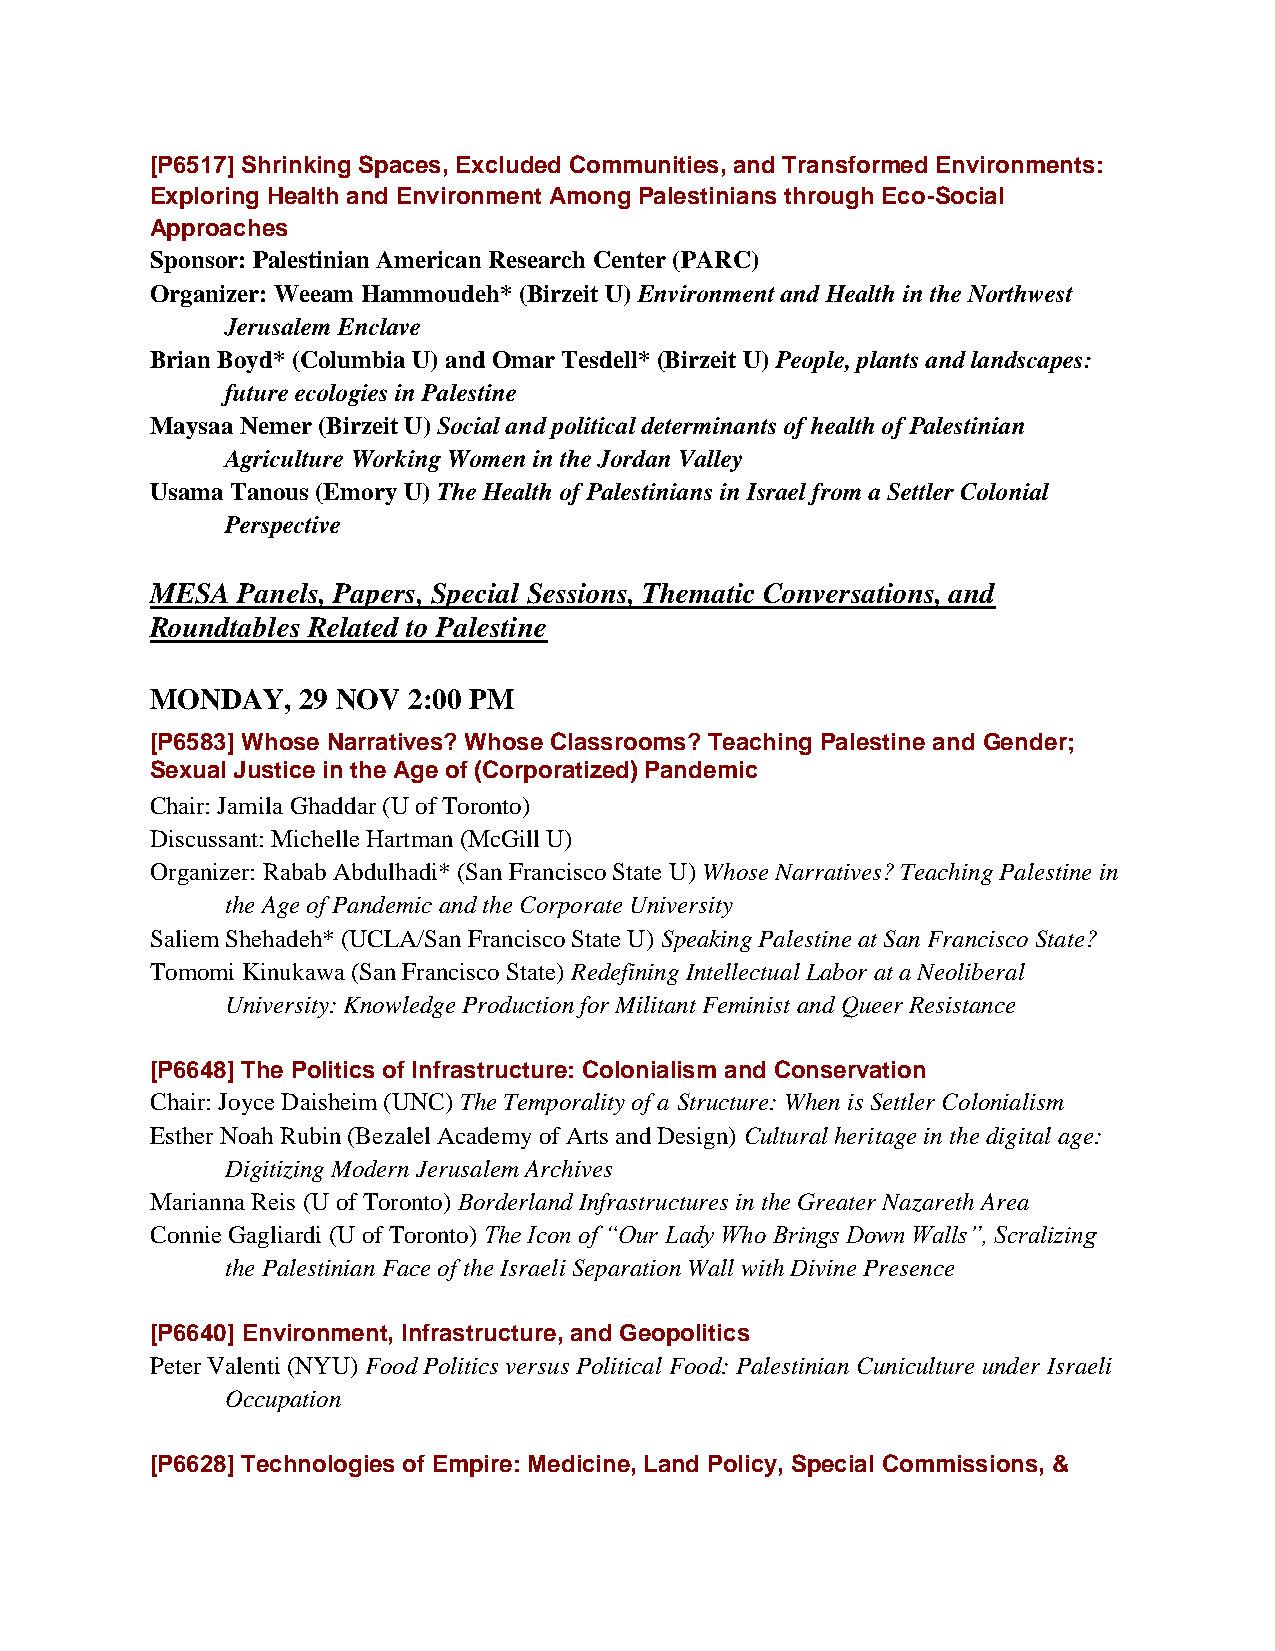
[P6517] Shrinking Spaces, Excluded Communities, and Transformed Environments:
 Exploring Health and Environment Among Palestinians through Eco-Social
 Approaches
 Sponsor: Palestinian American Research Center (PARC)
 Organizer: Weeam Hammoudeh* (Birzeit U) Environment and Health in the Northwest
 Jerusalem Enclave
 Brian Boyd* (Columbia U) and Omar Tesdell* (Birzeit U) People, plants and landscapes:
 future ecologies in Palestine
 Maysaa Nemer (Birzeit U) Social and political determinants of health of Palestinian
 Agriculture Working Women in the Jordan Valley
 Usama Tanous (Emory U) The Health of Palestinians in Israel from a Settler Colonial
 Perspective
 MESA  Panels, Papers, Special Sessions, Thematic Conversations, and
 Roundtables Related to Palestine
 MONDAY,   29 NOV 2:00 PM
 [P6583] Whose Narratives? Whose Classrooms? Teaching Palestine and Gender;
 Sexual Justice in the Age of (Corporatized) Pandemic
 Chair: Jamila Ghaddar (U of Toronto)
 Discussant: Michelle Hartman (McGill U)
 Organizer: Rabab Abdulhadi* (San Francisco State U) Whose Narratives? Teaching Palestine in
 the Age of Pandemic and the Corporate University
 Saliem Shehadeh* (UCLA/San Francisco State U) Speaking Palestine at San Francisco State?
 Tomomi Kinukawa (San Francisco State) Redefining Intellectual Labor at a Neoliberal
 University: Knowledge Production for Militant Feminist and Queer Resistance
 [P6648] The Politics of Infrastructure: Colonialism and Conservation
 Chair: Joyce Daisheim (UNC) The Temporality of a Structure: When is Settler Colonialism
 Esther Noah Rubin (Bezalel Academy of Arts and Design) Cultural heritage in the digital age:
 Digitizing Modern Jerusalem Archives
 Marianna Reis (U of Toronto) Borderland Infrastructures in the Greater Nazareth Area
 Connie Gagliardi (U of Toronto) The Icon of “Our Lady Who Brings Down Walls”, Scralizing
 the Palestinian Face of the Israeli Separation Wall with Divine Presence
 [P6640] Environment, Infrastructure, and Geopolitics
 Peter Valenti (NYU) Food Politics versus Political Food: Palestinian Cuniculture under Israeli
 Occupation
 [P6628] Technologies of Empire: Medicine, Land Policy, Special Commissions, &